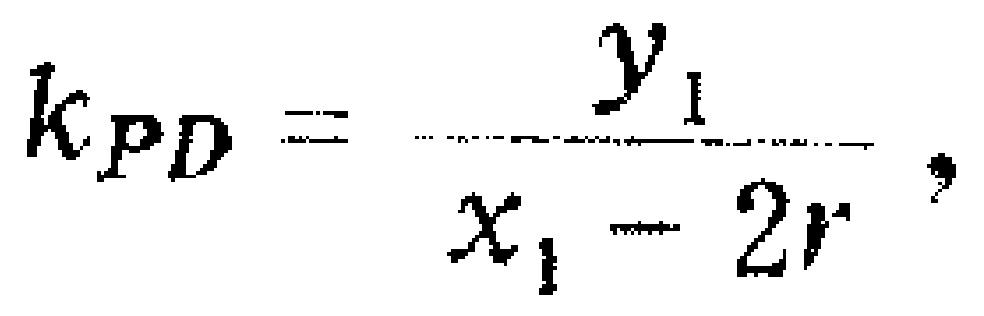
\[k_{PD}=\frac{y_{1}}{x_{1}-2r},\]